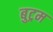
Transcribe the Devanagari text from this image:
बुट्रम